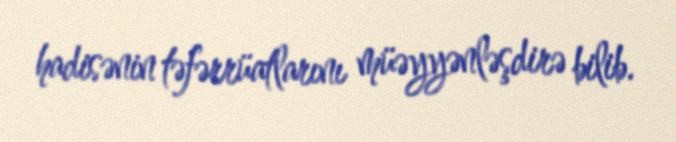
hadisənin təfərrüatlarını müəyyənləşdirə bilib.